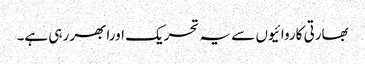
بھارتی کاروائیوں سے یہ تحریک اورابھر رہی ہے۔